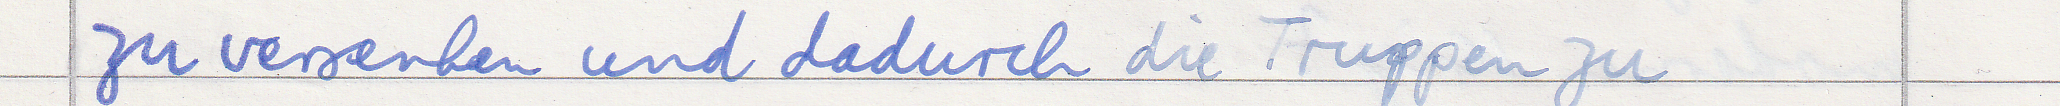
zu versenken und dadurch die Truppen zu